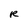
Character: R